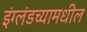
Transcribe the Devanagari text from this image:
इंग्लंडच्यामधील